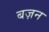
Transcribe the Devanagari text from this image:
बज़न